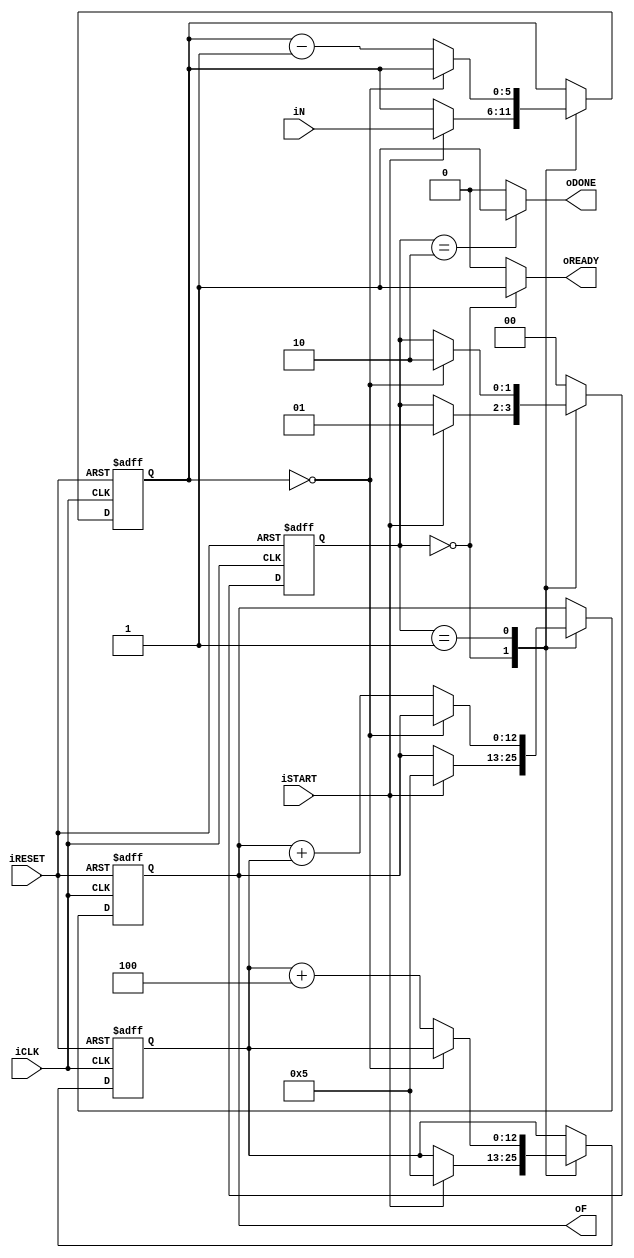
module babbage_quad
	(
		input wire iCLK, iRESET,
		input wire iSTART,
		input wire [5:0] iN,
		output reg oREADY, oDONE,
		output reg [12:0] oF
	);
	
	localparam [1:0]
		idle = 2'b00,
		calc = 2'b01,
		done = 2'b10;
	
	reg [1:0] state_reg, state_next;
	reg [5:0] n_reg, n_next;
	reg [12:0] f_reg, f_next, g_reg, g_next;

	always @(posedge iCLK, posedge iRESET)
		if (iRESET)
			begin
				state_reg <= idle;
				n_reg <= 0;
				f_reg <= 0;
				g_reg <= 0;
			end
		else
			begin
				state_reg <= state_next;
				n_reg <= n_next;
				f_reg <= f_next;
				g_reg <= g_next;
			end
	
	always @*
	begin
		state_next = state_reg;
		n_next = n_reg;
		f_next = f_reg;
		g_next = g_reg;
		oREADY = 1'b0;
		oDONE = 1'b0;
		oF = f_reg;

		case (state_reg)
			idle:
				begin
					oREADY = 1'b1;
					if (iSTART)
						begin
							n_next = iN;
							f_next = 5;
							g_next = 5;
							state_next = calc;
						end
				end
			calc:
				begin
					if (n_reg == 0)
						state_next = done;
					else
						begin
							f_next = f_reg + g_reg;
							g_next = g_reg + 4;
							n_next = n_reg - 1;
						end
				end
			done:
				begin
					oDONE = 1'b1;
					state_next = idle;
				end
			default: state_next = idle;
		endcase
	end
endmodule